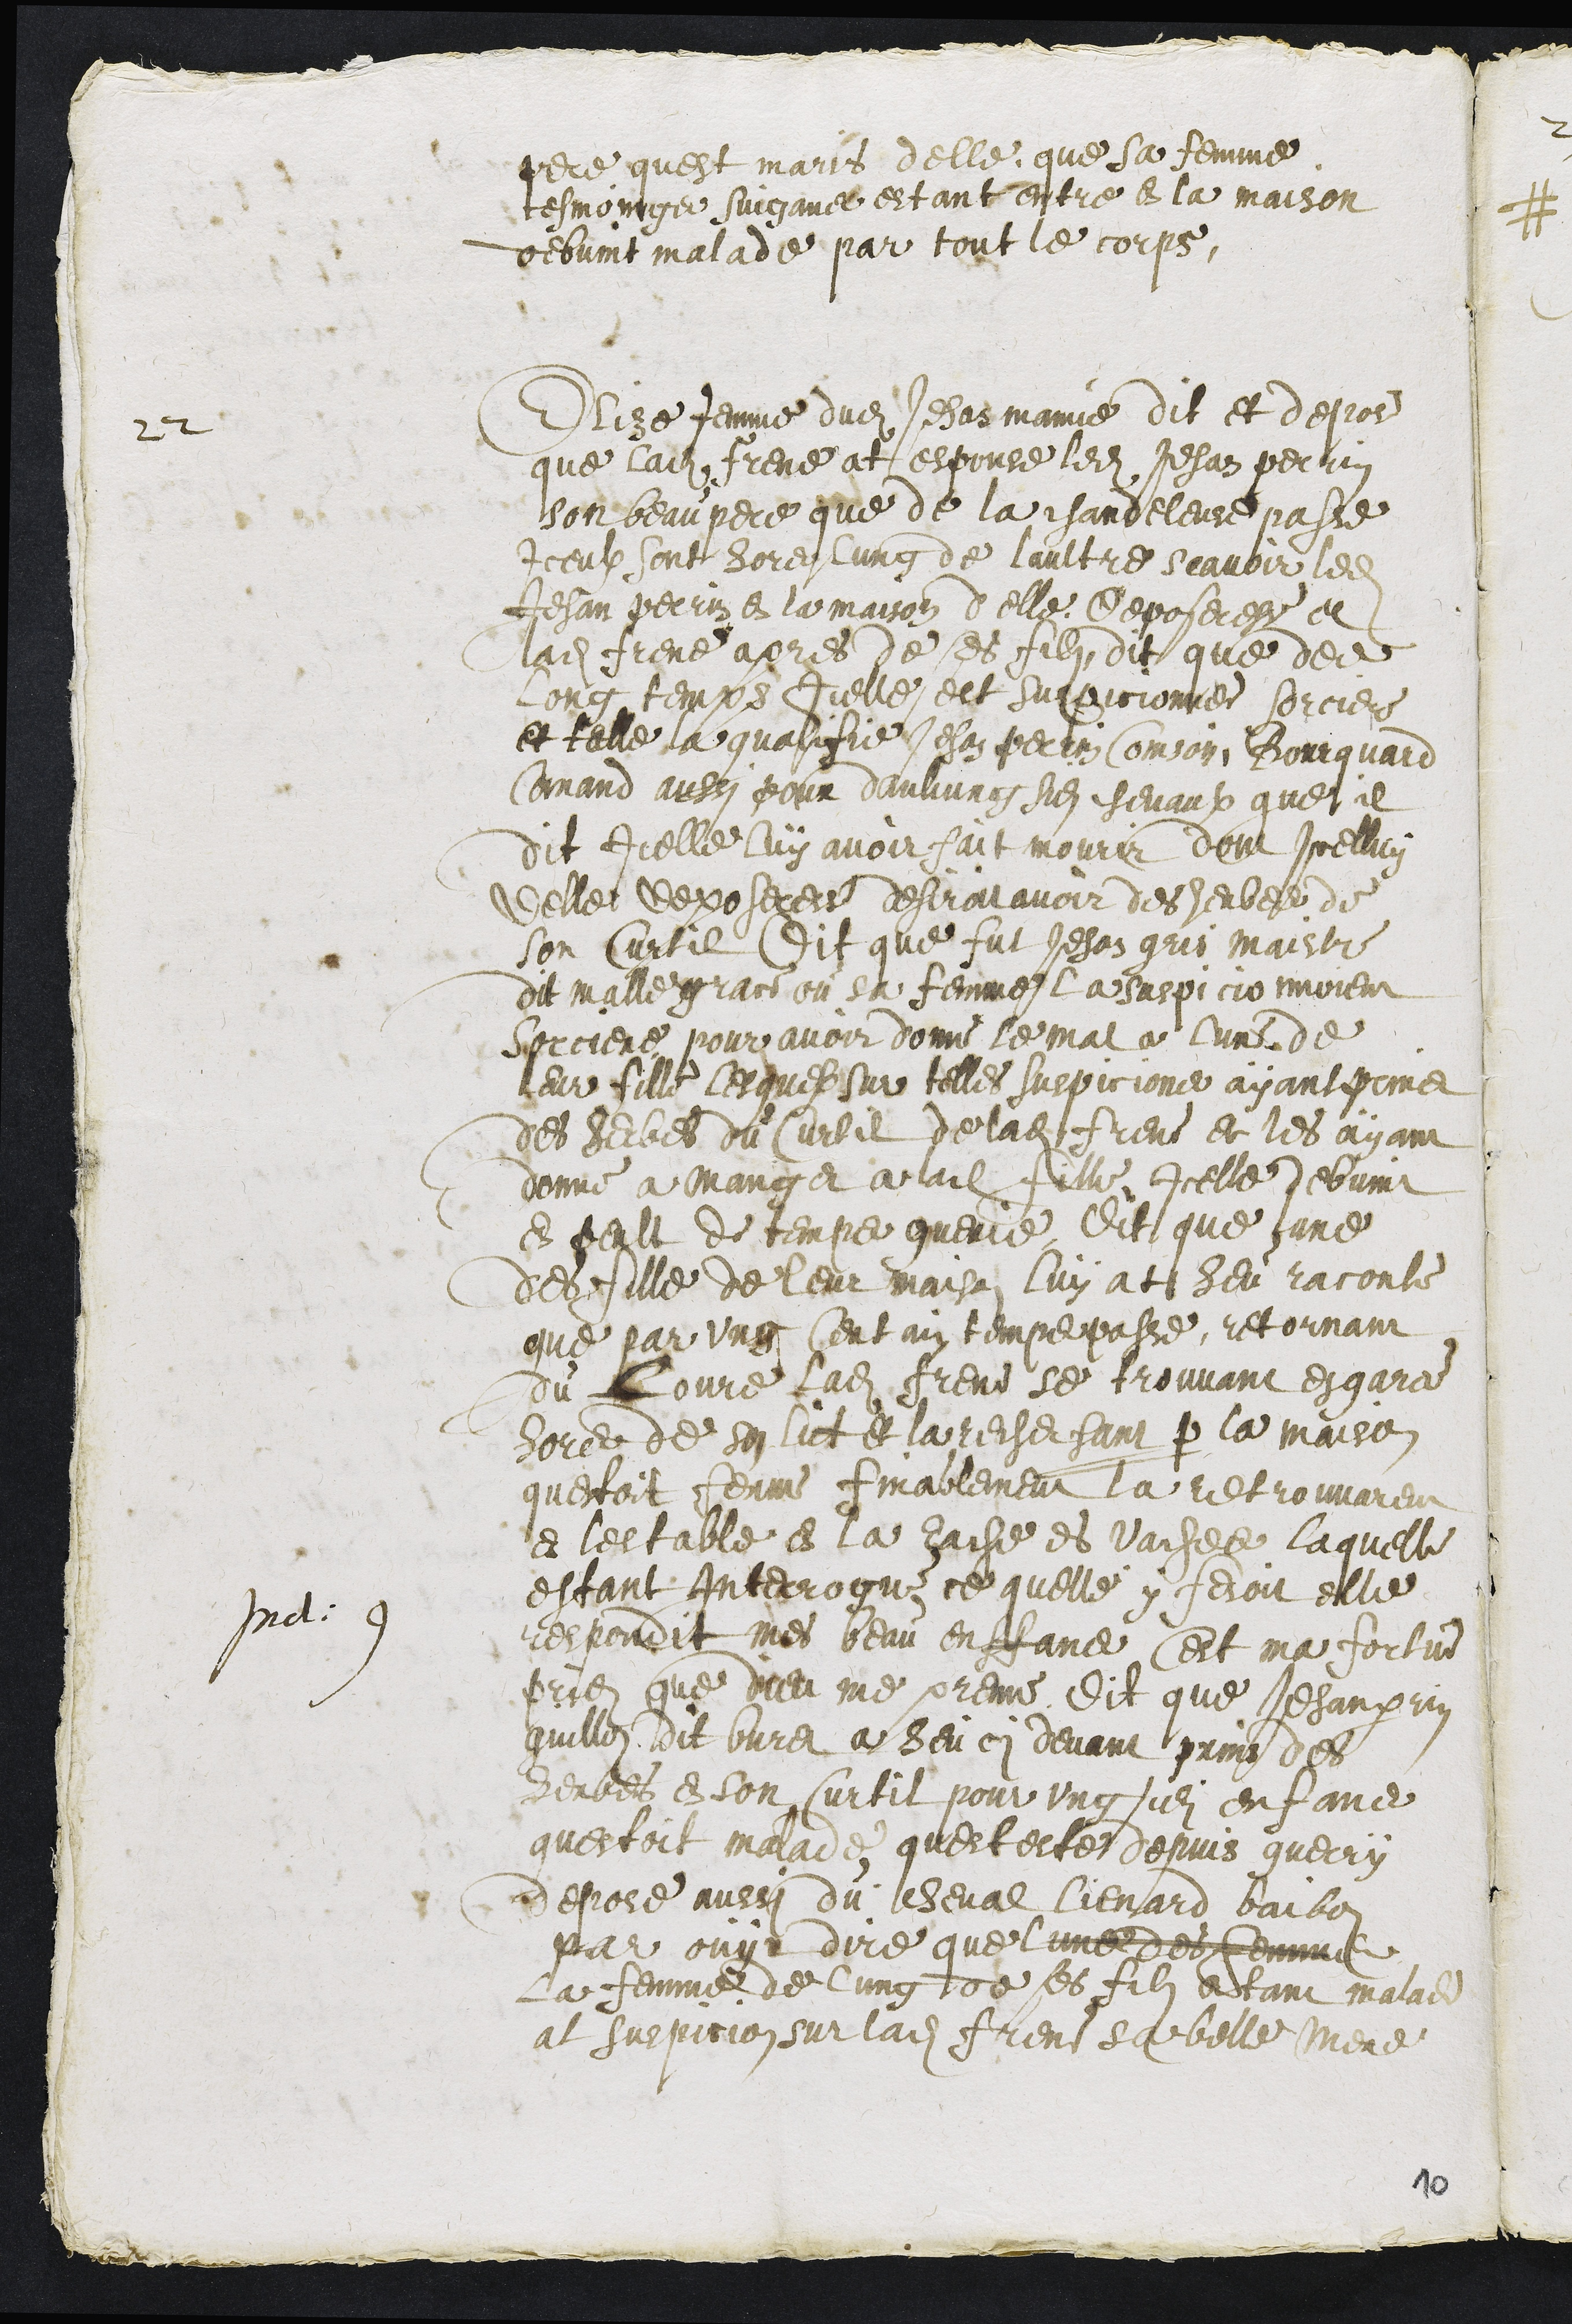
pere quest maris delle que sa femme
tesmoings suigans estant entre en la maison
debvint malade par tout le corps.
22.
Elise femme dudit Jehan mamie dit et depose
que ladite Frene at espouse ledit Jehan perrin
son beau pere que de la chandeleure passe
Iceulx sont hors lung de laultre scavoir ledit
Jehan Perrin en la maison delle deposeresse et
ladite Frene apres de ses filz dit que des
Long temps Icelle est suspicionnee sorciere
et telle la qualifie Jehan perrin Coinson, Bourquard
Comand aussi pour daulcung ses chevaux que il
dit Icelle luy avoir fait mourir dont icelluy
delle deposeresse desiroit avoir des herbes de
son Curtil Dit que fut Jehan gris maistre
dit malle grace ou sa femme la suspicionnoient
sorciere pour avoir donne le mal a lune de
leur fille lesquelx sur telles suspicions ayant prins
des herbes du Curtil de ladite Frene et les ayant
donne a manger a ladite fille, icelle debvint
en peult de temps guerie, Dit que lune
des fille de leur maison luy at heu raconte
que par ung certain temps passe, retornant
du lovre Ladite Frene se trouvant esgaree
hors de son lict et la recherchant par la maison
questoit ferme finablement la retrouvarent
en lestable en la eache es vaches laquelle
estant Interrogue ce quelle y fesoit elle
Ind: 9
respondit mes beau enfans cest ma fortune
priez que dieu me prenne. Dit que Jehan perrin
guillon dit buret a heu cy devant print des
herbes en son Curtil pour ung sien enfans
questoit malade quest este depuis guerry
depose aussi du cheval Lienard baibon
par ouyr dire que lune des femme
La femme de lung de ses filz estant malade
at suspicion sur ladite Frene sa belle Mere
10